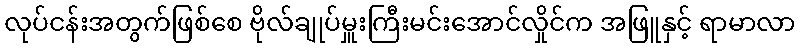
လုပ်ငန်းအတွက်ဖြစ်စေ ဗိုလ်ချုပ်မှူးကြီးမင်းအောင်လှိုင်က အဖြူနှင့် ရာမာလာ